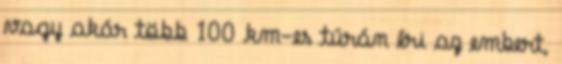
vagy akár több 100 km-es túrán éri az embert,